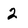
Character: 2